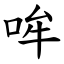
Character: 哞